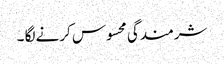
شرمندگی محسوس کرنے لگا ۔